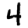
Digit: 4